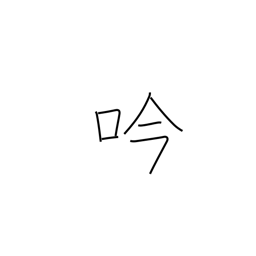
Meaning: singing